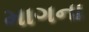
માગના